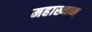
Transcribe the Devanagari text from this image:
महाख्यान